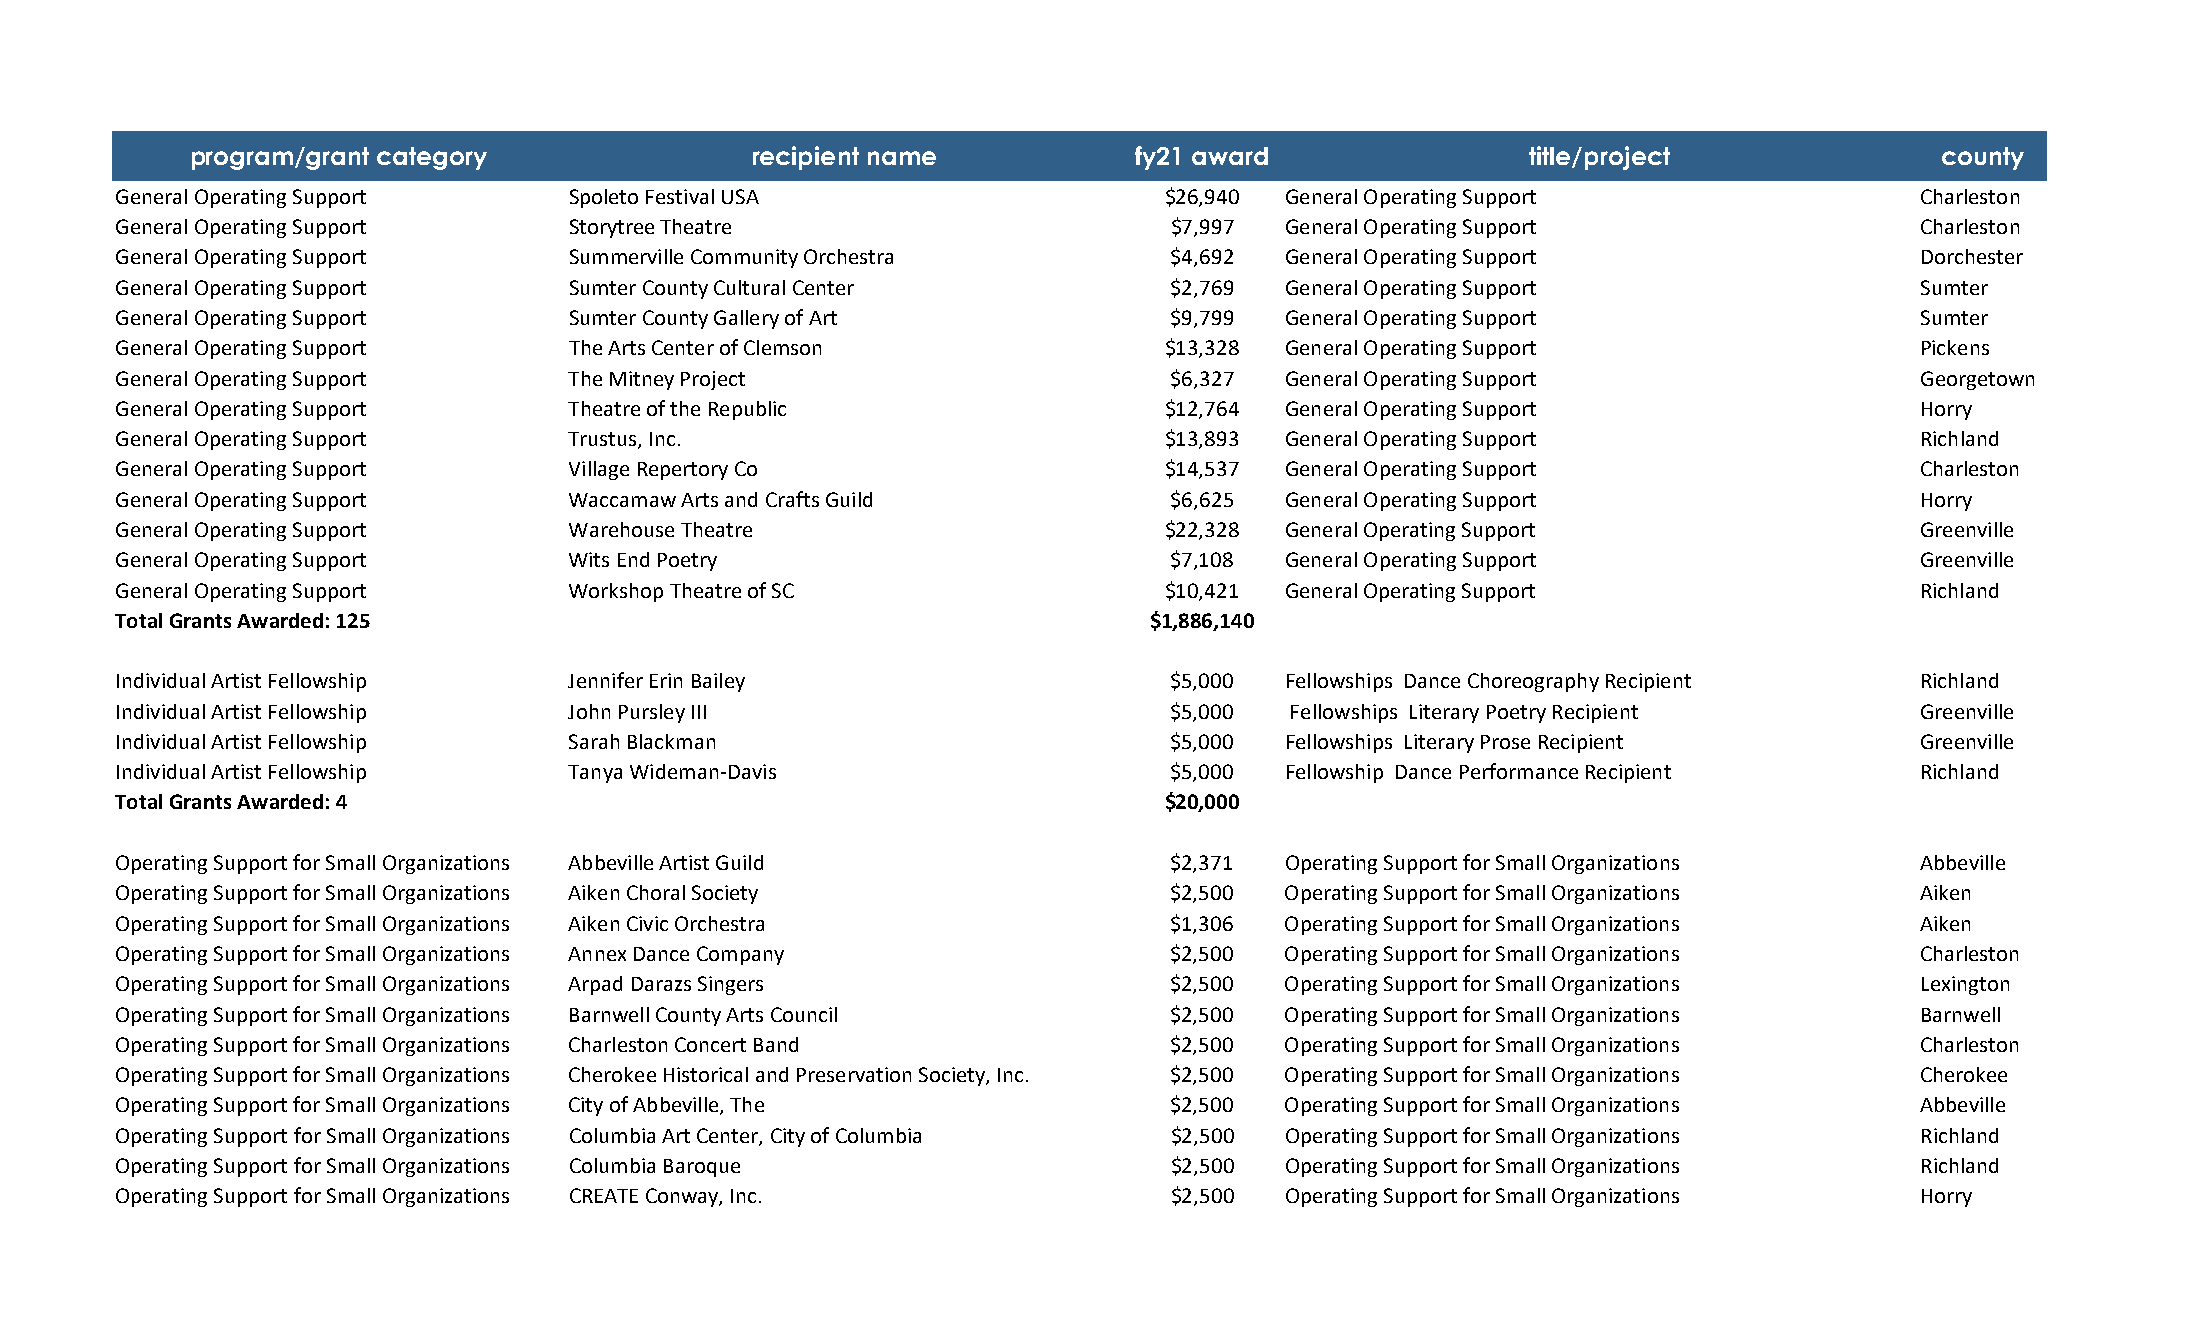
program/grant category               recipient name            fy21 award                title/project              county
 General Operating Support     Spoleto Festival USA                    $26,940 General Operating Support                 Charleston
 General Operating Support     Storytree Theatre                       $7,997  General Operating Support                 Charleston
 General Operating Support     Summerville Community Orchestra         $4,692  General Operating Support                 Dorchester
 General Operating Support     Sumter County Cultural Center           $2,769  General Operating Support                 Sumter
 General Operating Support     Sumter County Gallery of Art            $9,799  General Operating Support                 Sumter
 General Operating Support     The Arts Center of Clemson              $13,328 General Operating Support                 Pickens
 General Operating Support     The Mitney Project                      $6,327  General Operating Support                 Georgetown
 General Operating Support     Theatre of the Republic                 $12,764 General Operating Support                 Horry
 General Operating Support     Trustus, Inc.                           $13,893 General Operating Support                 Richland
 General Operating Support     Village Repertory Co                    $14,537 General Operating Support                 Charleston
 General Operating Support     Waccamaw Arts and Crafts Guild          $6,625  General Operating Support                 Horry
 General Operating Support     Warehouse Theatre                       $22,328 General Operating Support                 Greenville
 General Operating Support     Wits End Poetry                         $7,108  General Operating Support                 Greenville
 General Operating Support     Workshop Theatre of SC                  $10,421 General Operating Support                 Richland
 Total Grants Awarded: 125                                            $1,886,140
 Individual Artist Fellowship  Jennifer Erin Bailey                    $5,000  Fellowships Dance Choreography Recipient  Richland
 Individual Artist Fellowship  John Pursley III                        $5,000  Fellowships Literary Poetry Recipient     Greenville
 Individual Artist Fellowship  Sarah Blackman                          $5,000  Fellowships Literary Prose Recipient      Greenville
 Individual Artist Fellowship  Tanya Wideman-Davis                     $5,000  Fellowship Dance Performance Recipient    Richland
 Total Grants Awarded: 4                                               $20,000
 Operating Support for Small Organizations Abbeville Artist Guild      $2,371  Operating Support for Small Organizations Abbeville
 Operating Support for Small Organizations Aiken Choral Society        $2,500  Operating Support for Small Organizations Aiken
 Operating Support for Small Organizations Aiken Civic Orchestra       $1,306  Operating Support for Small Organizations Aiken
 Operating Support for Small Organizations Annex Dance Company         $2,500  Operating Support for Small Organizations Charleston
 Operating Support for Small Organizations Arpad Darazs Singers        $2,500  Operating Support for Small Organizations Lexington
 Operating Support for Small Organizations Barnwell County Arts Council $2,500 Operating Support for Small Organizations Barnwell
 Operating Support for Small Organizations Charleston Concert Band     $2,500  Operating Support for Small Organizations Charleston
 Operating Support for Small Organizations Cherokee Historical and Preservation Society, Inc. $2,500 Operating Support for Small Organizations Cherokee
 Operating Support for Small Organizations City of Abbeville, The      $2,500  Operating Support for Small Organizations Abbeville
 Operating Support for Small Organizations Columbia Art Center, City of Columbia $2,500 Operating Support for Small Organizations Richland
 Operating Support for Small Organizations Columbia Baroque            $2,500  Operating Support for Small Organizations Richland
 Operating Support for Small Organizations CREATE Conway, Inc.         $2,500  Operating Support for Small Organizations Horry